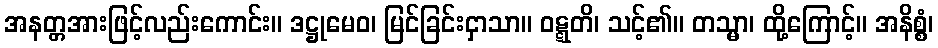
အနတ္တအားဖြင့်လည်းကောင်း။ ဒဋ္ဌုမေဝ၊ မြင်ခြင်းငှာသာ။ ဝဋ္ဋတိ၊ သင့်၏။ တသ္မာ၊ ထို့ကြောင့်။ အနိစ္စံ၊